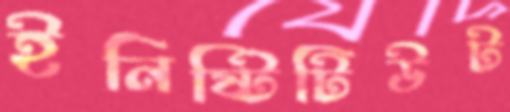
ইনিষ্টিটিউট